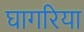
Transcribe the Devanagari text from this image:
घागरिया